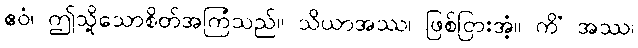
ဧဝံ၊ ဤသို့သောစိတ်အကြံသည်။ သိယာအဿ၊ ဖြစ်ငြားအံ့။ ကိံ အဿ၊